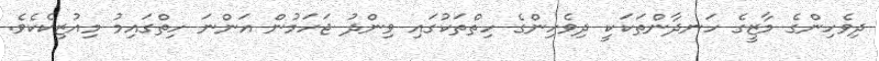
ދިވެހިންގެ މާޒީގެ ހަނދާންތަކަކީ ދިވެހިންގެ ހިތްތަކުގައި ވިންދު ޖަހަމުން އަންނަ ހިތްގައިމު މިއުޒިކެކެވެ.